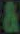
&